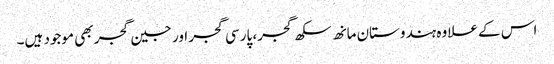
اس کے علاوہ ہندوستان مانھ سکھ گجر، پارسی گجر اور جین گجر بھی موجود ہیں۔